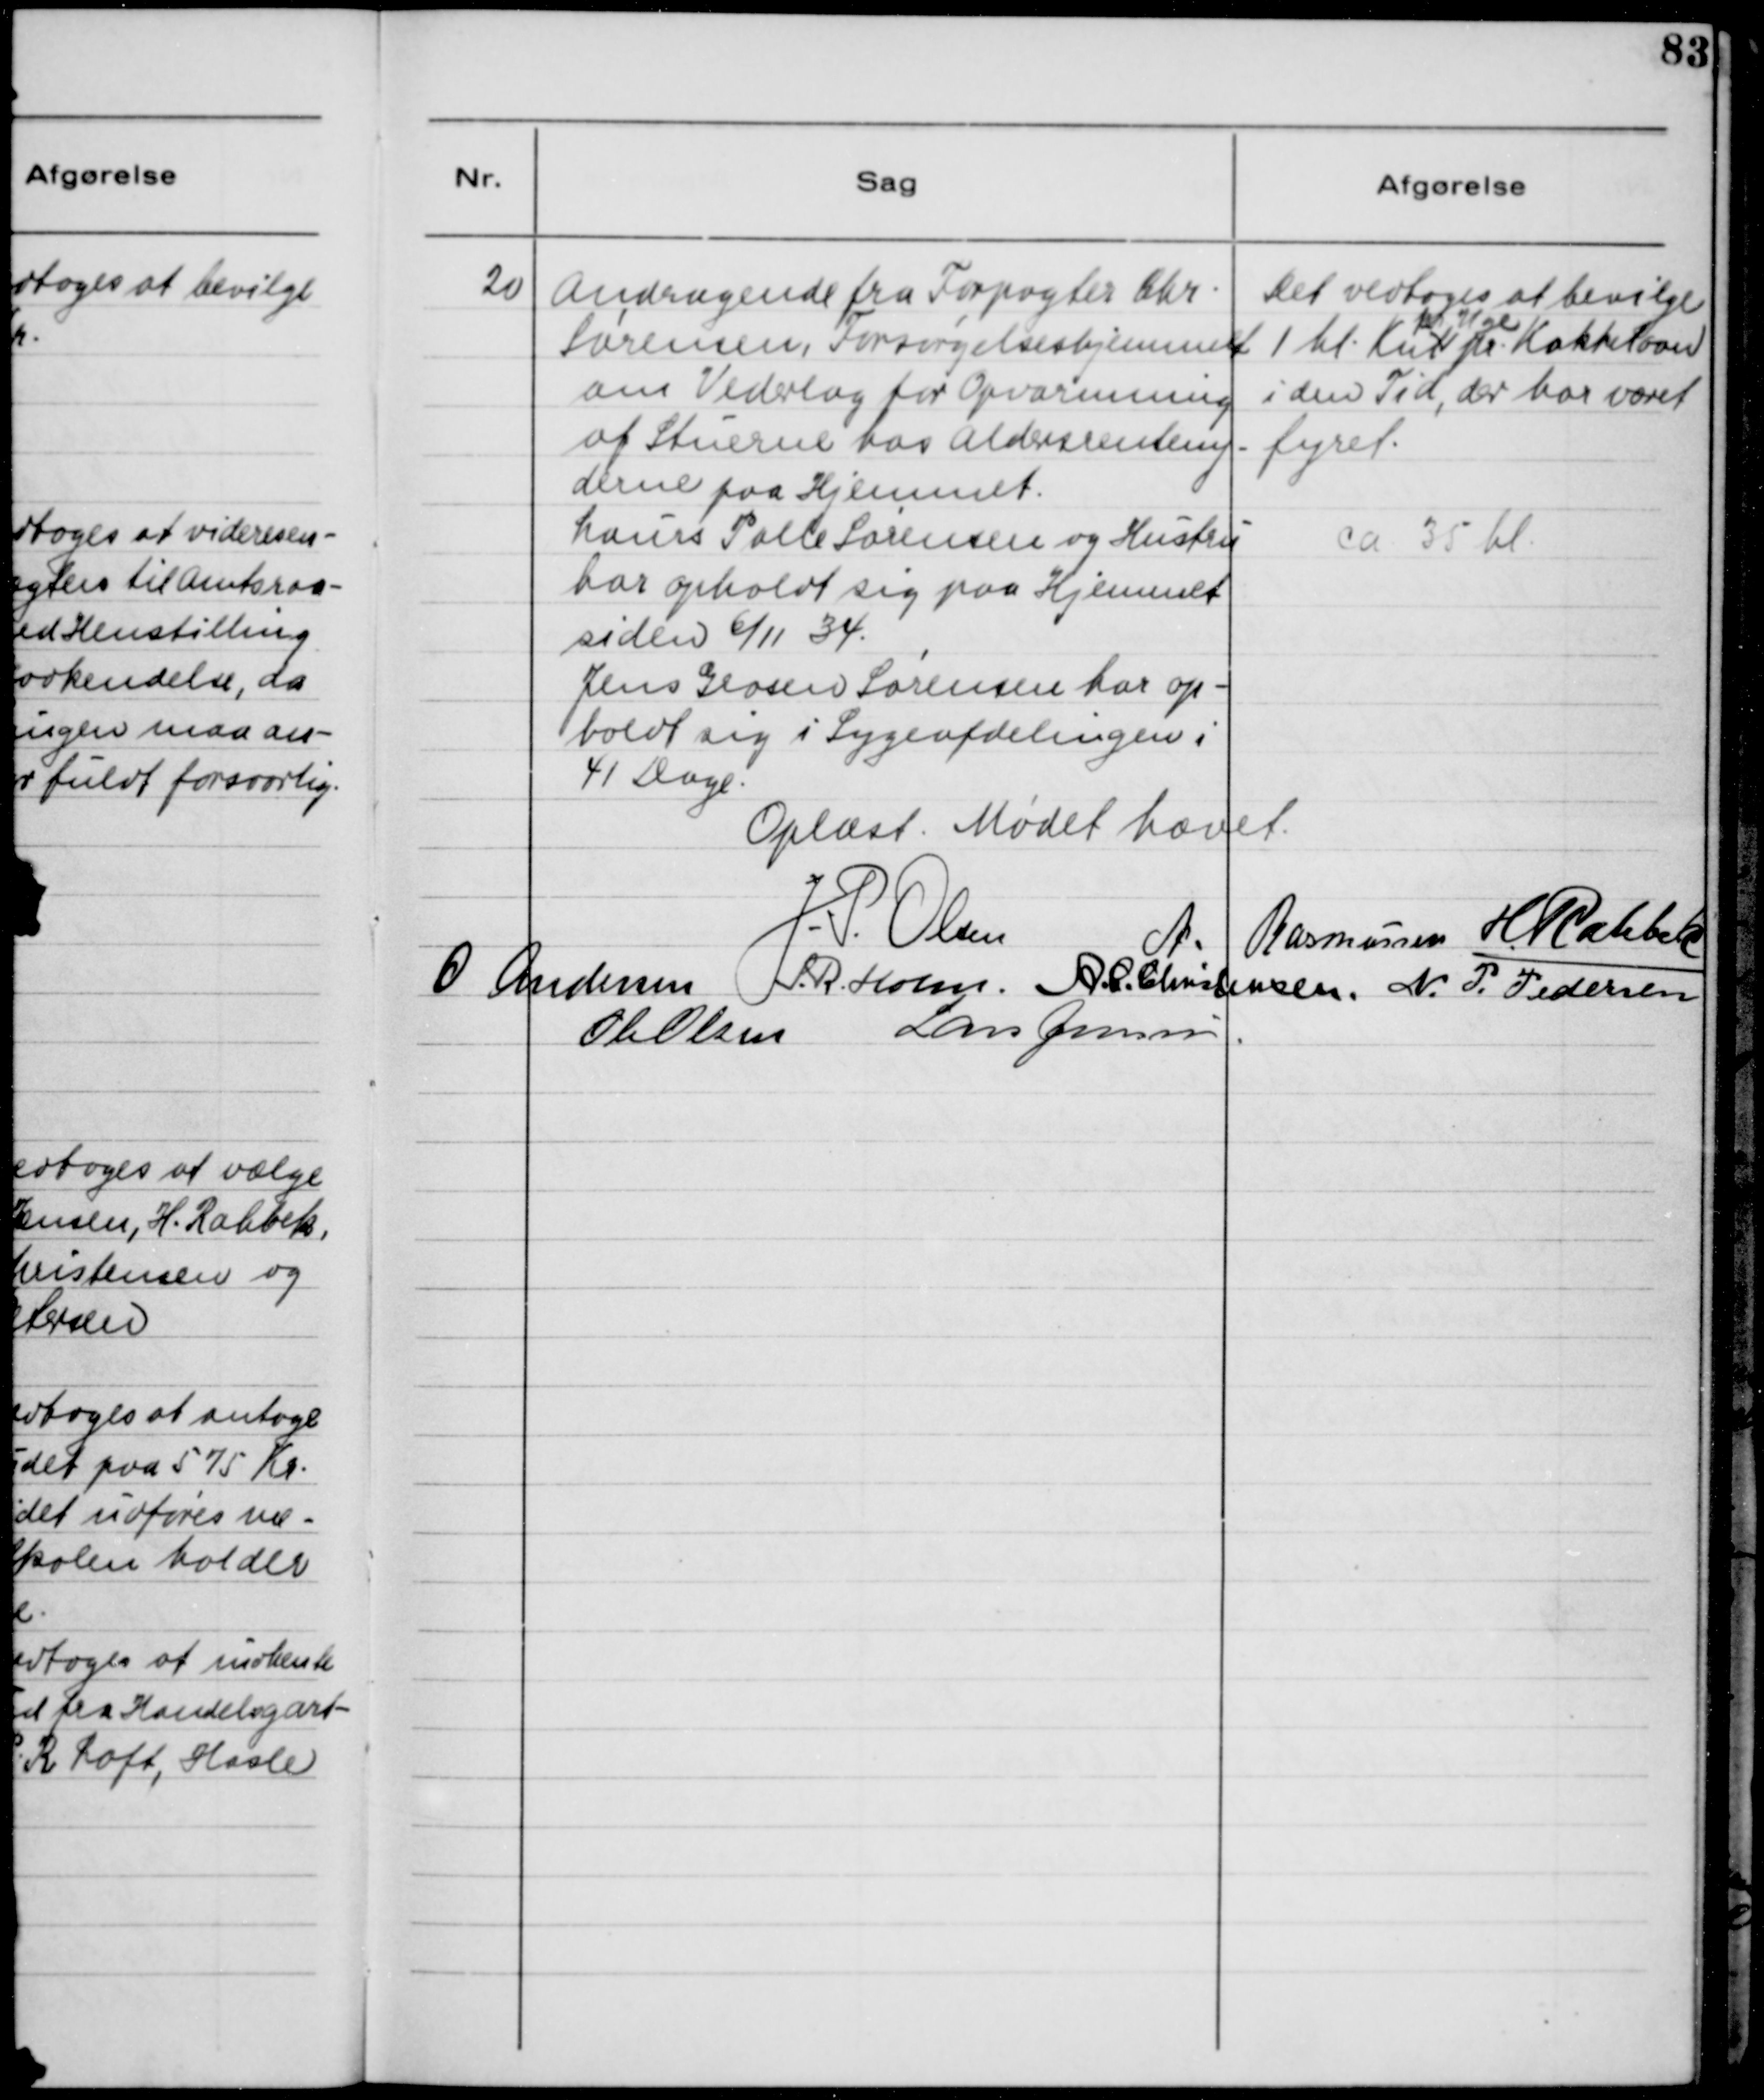
Transskription:
20

Andragende fra Forpagter Chr.
Sørensen, Forsørgelseshjemmet,
om Vederlag for opvarmning
af Stuerne hos Aldersrenteny-
derne paa hjemmet.
Laurs Palle Sørensen og Hustru
har opholdt sig paa Hjemmet
siden 6/11 34
Jens Grosen Sørensen har op-
holdt sig i Sygeafdelingen i
41 Dage.

Det vedtoges at bevilge 
pr. Uge 
i den Tid, der har været
fyret. 
ca. 35 hl.